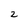
Character: 2